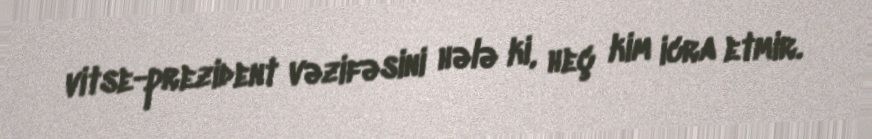
vitse-prezident vəzifəsini hələ ki, heç kim icra etmir.